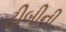
ટીબીની